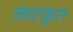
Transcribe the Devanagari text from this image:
खाराकुल